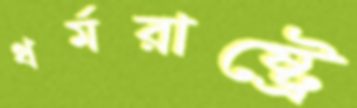
ধর্মরাষ্ট্রে